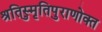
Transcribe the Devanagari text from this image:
श्रुतिस्मृतिपुराणोक्त